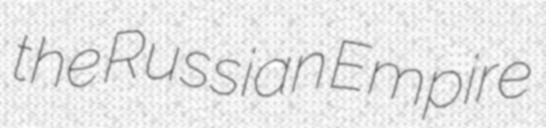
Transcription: the Russian Empire